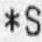
*S